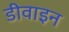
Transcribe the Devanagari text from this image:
डीवाइन